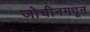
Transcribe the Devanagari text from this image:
जोचीनमधून